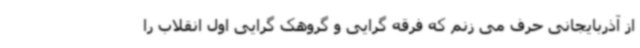
از آذربایجانی حرف می زنم که فرقه گرایی و گروهک گرایی اول انقلاب را